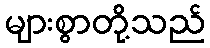
များစွာတို့သည်